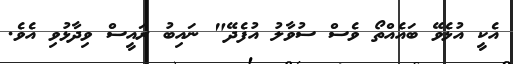
އެކީ އުޅެވޭ ބައެއްތޯ ވެސް ސުވާލު އުފެދޭ" ނައިބު ރައީސް ވިދާޅުވި އެވެ.